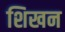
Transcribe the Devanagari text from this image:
शिखन